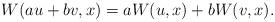
LaTeX: \begin{align*}W(au+bv,x)=aW(u,x)+bW(v,x).\end{align*}